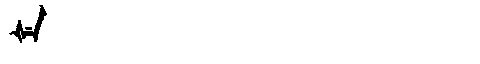
Manchu: ᡧᡝ
Romanization: ŠE